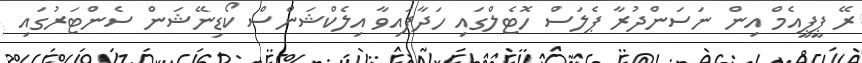
ރޭ ޕީޕީއެމް އިން ނަސަންދުރާ ޕެލަސް ހޮޓެލްގައި ހަދާފައިވާ އިލެކްޝަންސް ކޯޑިނޭޝަން ސެންޓަރުގައި